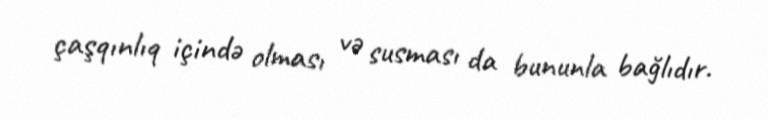
çaşqınlıq içində olması və susması da bununla bağlıdır.